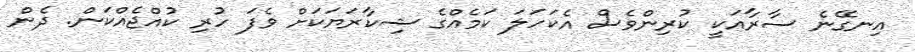
އިނގޭނެ ސާރާއަކީ ކުރިންވެސް އެކަހަލަ ކަމެއްގެ ޝިކާރަޔަކަށް ވެފަ ހުރި ކުއްޖެއްކަން. ދެން